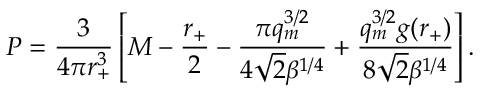
P = \frac { 3 } { 4 \pi r _ { + } ^ { 3 } } \left[ M - \frac { r _ { + } } { 2 } - \frac { \pi q _ { m } ^ { 3 / 2 } } { 4 \sqrt { 2 } \beta ^ { 1 / 4 } } + \frac { q _ { m } ^ { 3 / 2 } g ( r _ { + } ) } { 8 \sqrt { 2 } \beta ^ { 1 / 4 } } \right] .